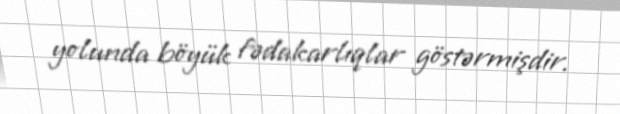
yolunda böyük fədakarlıqlar göstərmişdir.